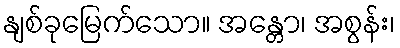
နျစ်ခုမြေက်သော။ အန္တော၊ အစွန်း၊